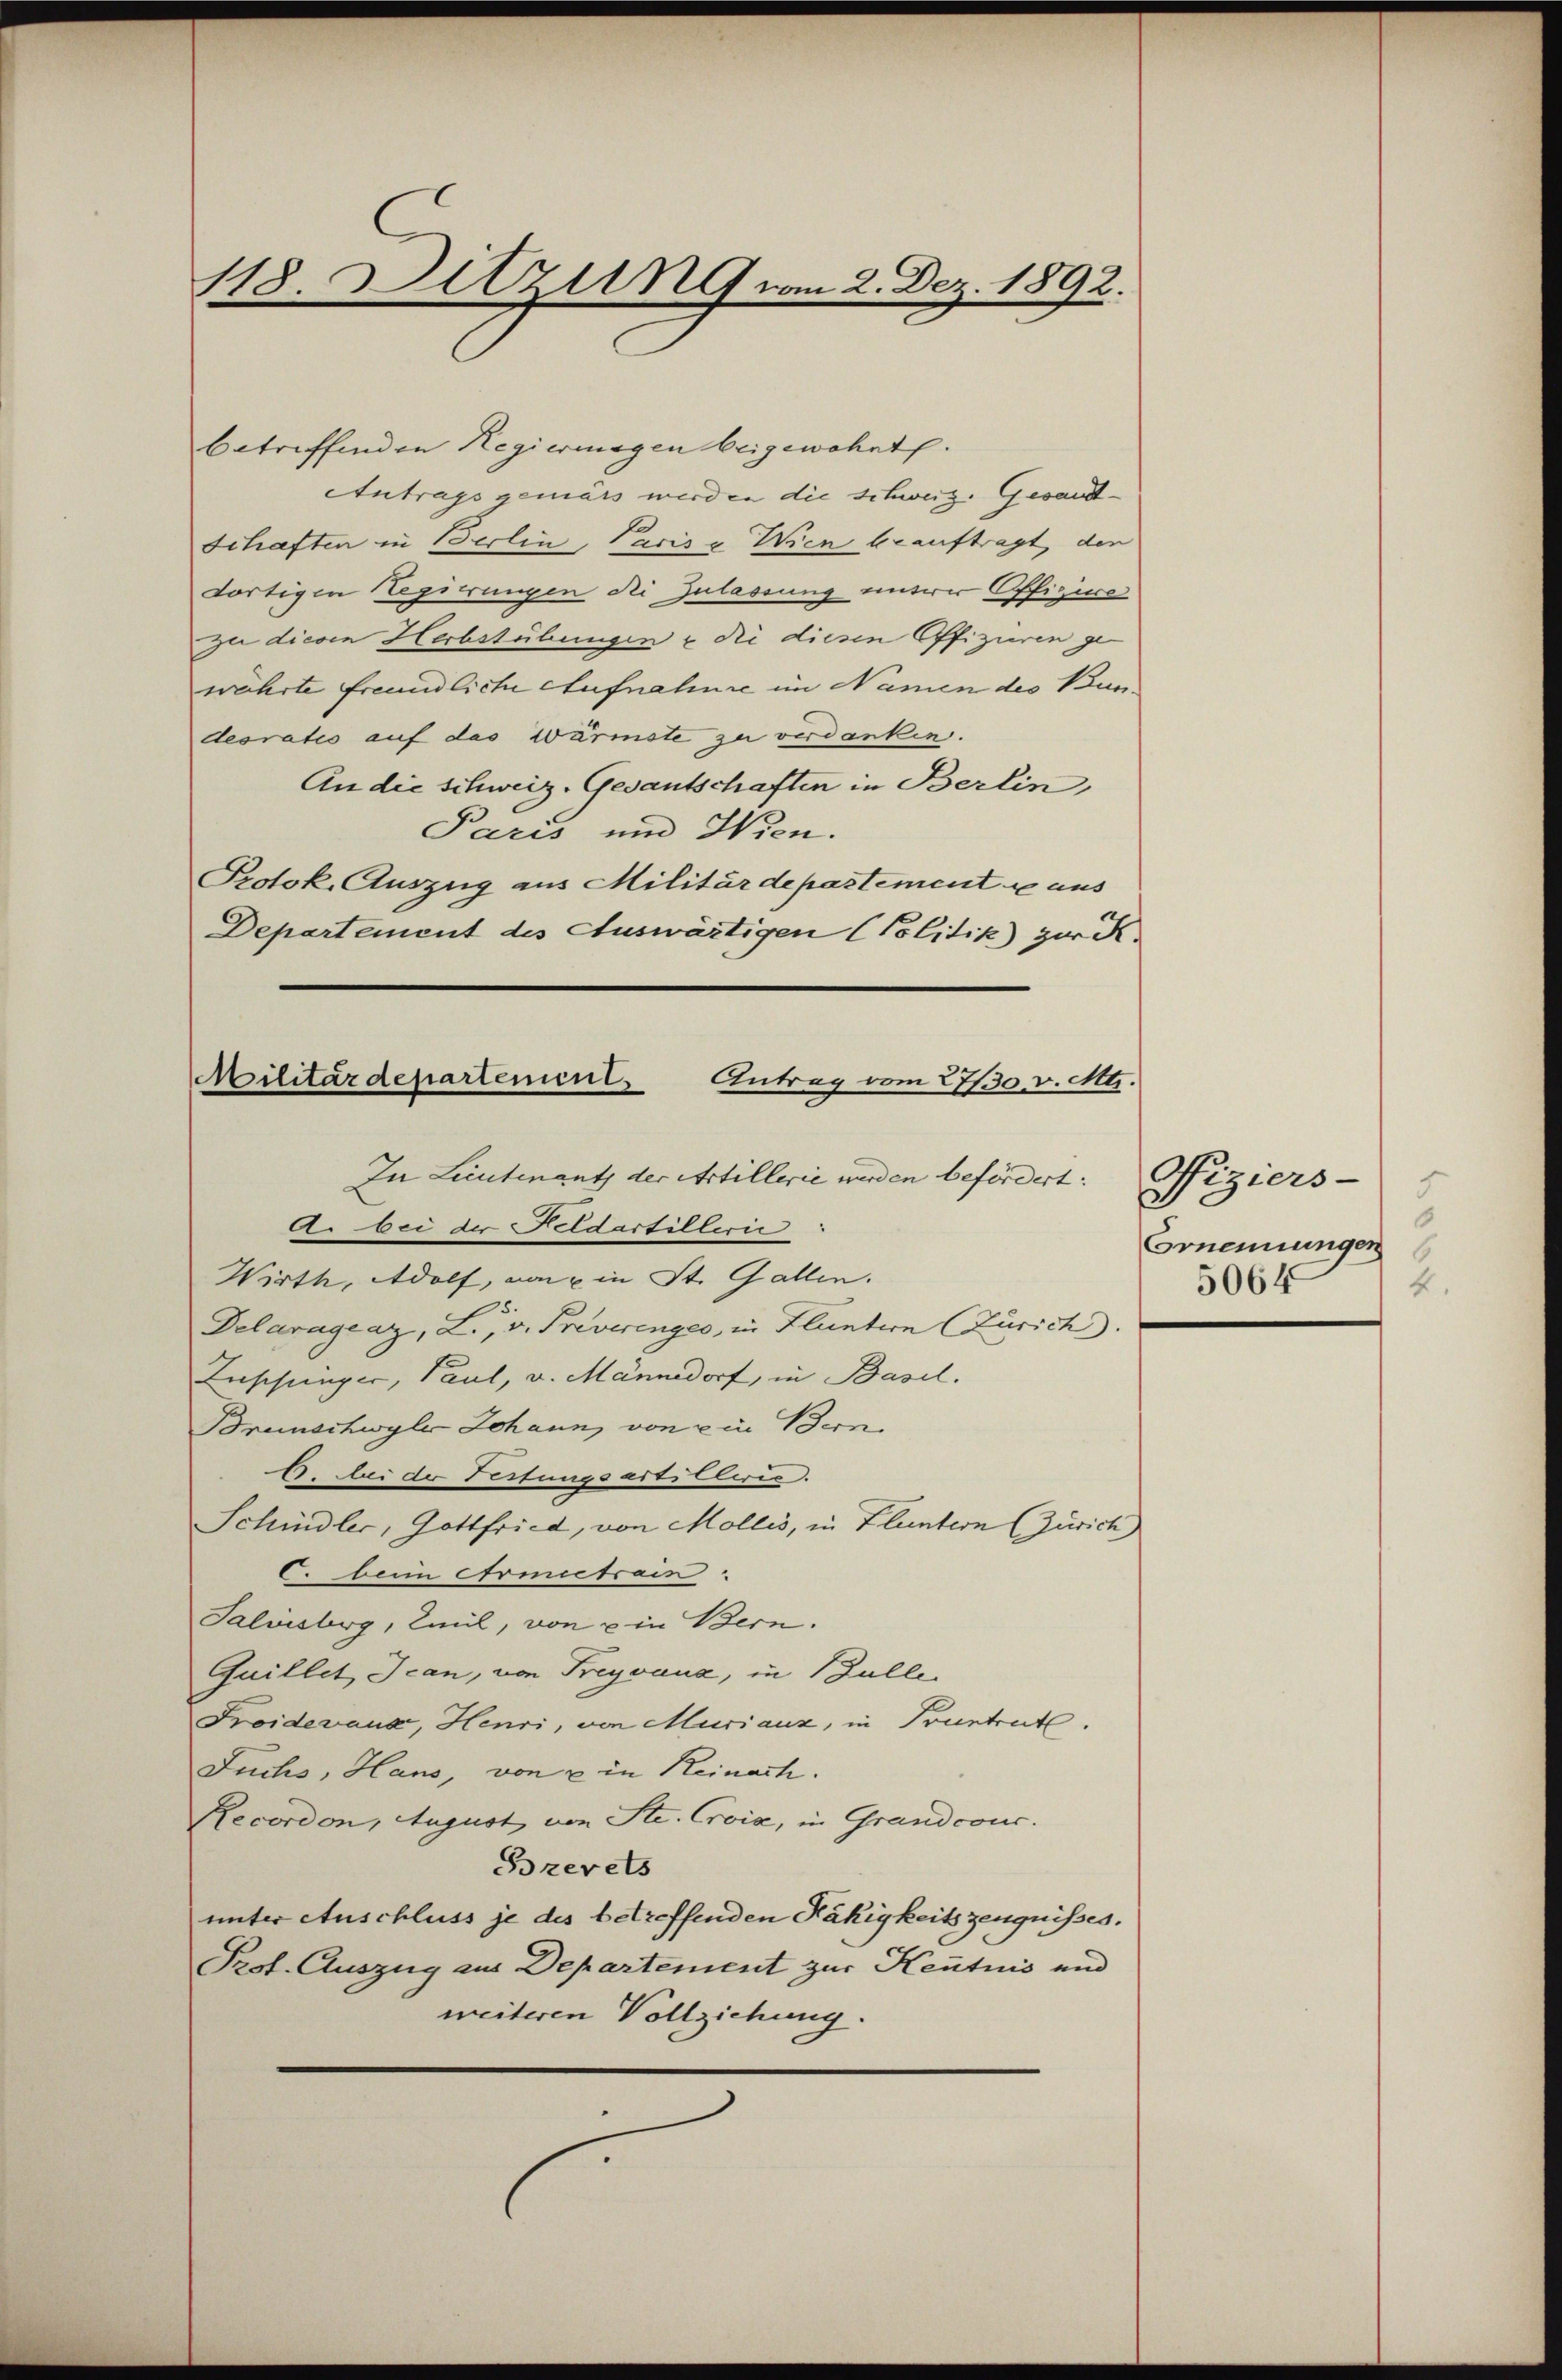
118 Ditzung vom 2. Dez. 1892.

betreffenden Regiermagen beigewohnt.
Antrags gemäss werden die schweiz. Gesand¬
Schaften in Berlin, Paris v. Wien beauftragt, den
fortigen Regierungen die Zulassung unterer Offiziere
zu diesen Herbstübungen & die diesen Offizieren ge-
währte freundliche Aufnahme im Namen des Bundeoratis auf das Wärmste zu verdanken.
An die schweiz. Gesantschaften in Berlin,
Paris und Wien.
Protok. Auszug aus Militärdepartement u aus
Departement des Auswärtigen (Politik) zur K.
In Lieutenantz der Artillerie werden befördert.
A. bei der Feldartilleri
Wirth, Adolf, von in St. Gallen.
Delaragraz, L., v. Preverenges, in Fluntern (Zürich.
Luschunger, Paul, u. Männedorf, in Basel.
Brunschwyler Johann, von ein Bern
6. Bei der Testungsartillerie.
Schindler, Gottfried, von Mollis, in Fluntern (Zürich
C. beim Armietrain
Salvisberg, Ziel, von u in Bern.
Quillet Ican, von Freyvaux, in Bulle
Froidevans, Henri, von Muriaux, in Pruntrut
Juchs, Hans, von 2 in Reinach.
Recordon, August von St. Croix, in Grandcouc.
Brevets
unter Auschluss je des betreffenden Fähigkeitszeugnisses.
Prof. Auszug aus Departement zur Kentnis und
weiteren Vollziehung.

Militärdepartement Antrag vom 20. v. Mt.

Viziers-
5
6
Ernennungen
5064
4